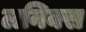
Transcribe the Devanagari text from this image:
लनिक्स